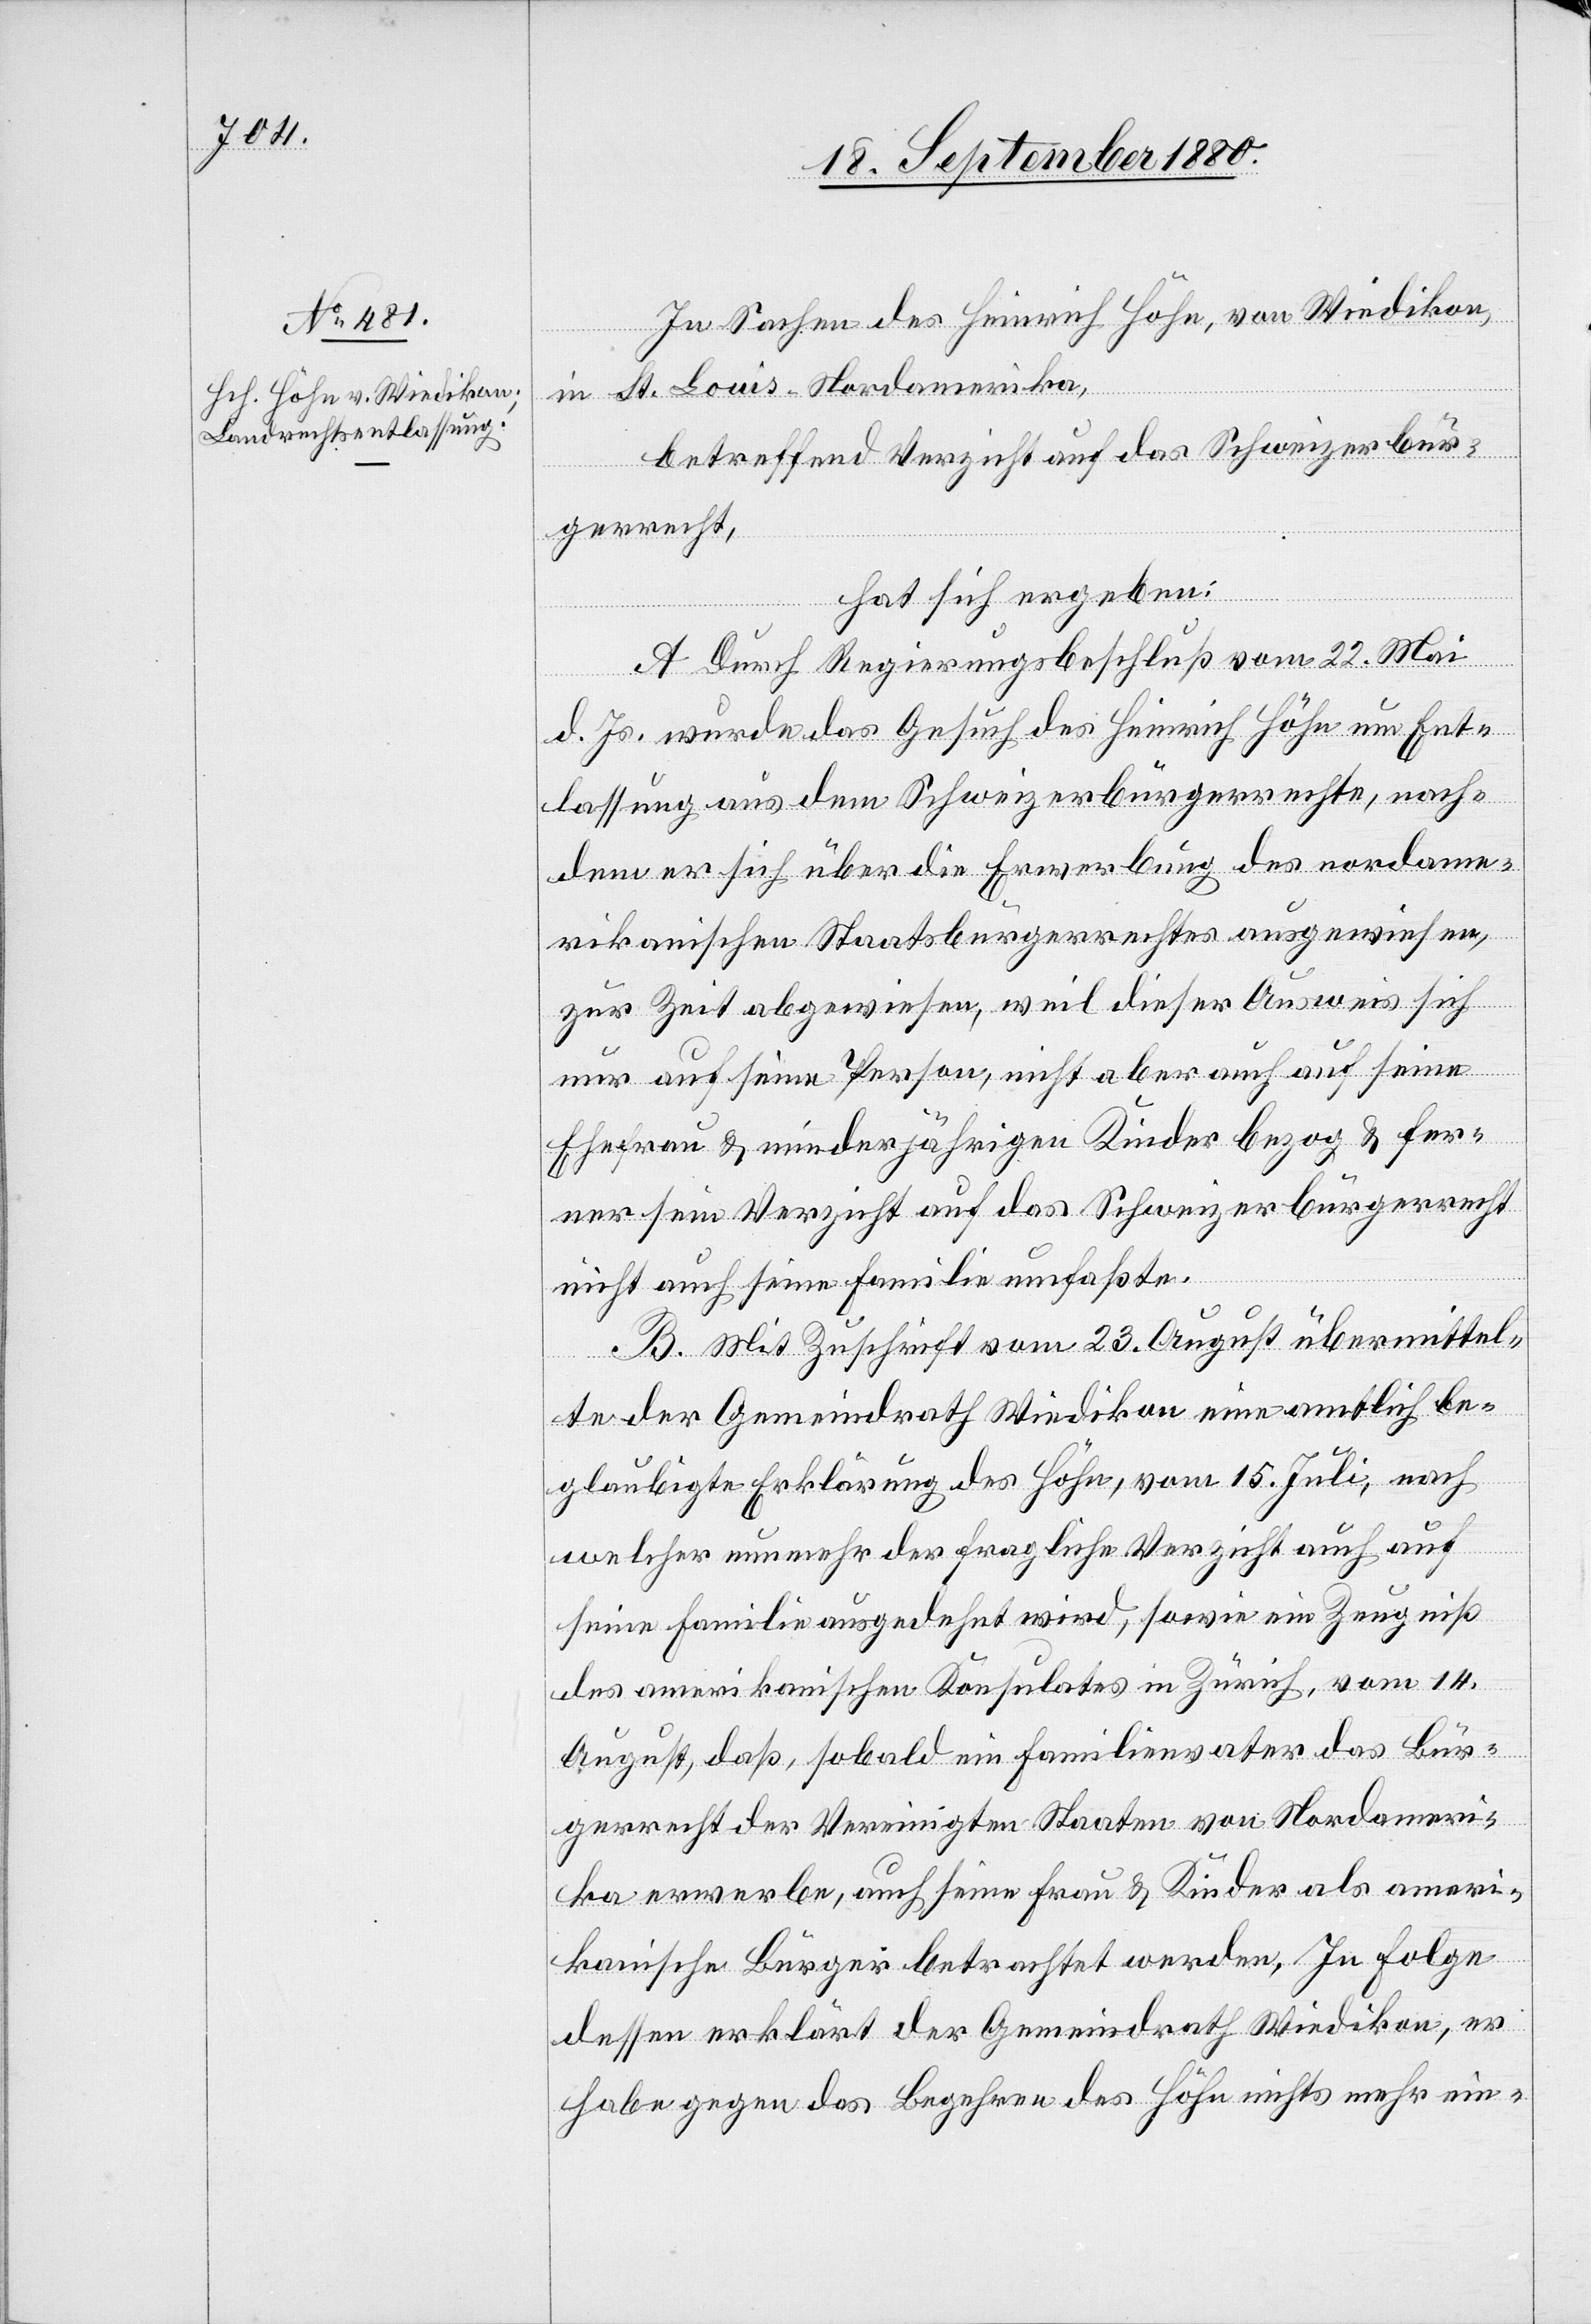
In Sachen des Heinrich Höhe, von Wiedikon,
in St. Louis - Nordamerika,
betreffend Verzicht auf das Schweizerbür¬
gerrecht,
hat sich ergeben:
A. Durch Regierungsbeschluß vom 22. Mai
d. Js. wurde das Gesuch des Heinrich Höhe um Ent¬
lassung aus dem Schweizerbürgerrechte, nach¬
dem er sich über die Erwerbung des nordame¬
rikanischen Staatsbürgerrechtes ausgewiesen,
zur Zeit abgewiesen, weil dieser Ausweis sich
nur auf seine Person, nicht aber auch auf seine
Ehefrau & minderjährigen Kinder bezog & fer¬
ner sein Verzicht auf das Schweizerbürgerrecht
nicht auch seine Familie umfaßte.
B. Mit Zuschrift vom 23. August übermittel¬
te der Gemeindrath Wiedikon eine amtlich be¬
glaubigte Erklärung des Höhe, vom 15. Juli, nach
welcher nunmehr der fragliche Verzicht auch auf
seine Familie ausgedehnt wird, sowie ein Zeugniß
des amerikanischen Konsulates in Zürich, vom 14.
August, daß sobald ein Familienvater das Bür¬
gerrecht der Vereinigten Staaten von Nordameri¬
ka erwerbe, auch seine Frau & Kinder als ameri¬
kanische Bürger betrachtet werden. Infolge
dessen erklärt der Gemeindrath Wiedikon, er
habe gegen das Begehren des Höhe nichts mehr ein-